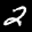
Label: 2